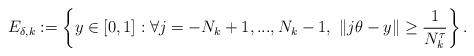
LaTeX: \begin{align*}E_{\delta,k}:=\left\{y\in [0,1]: \forall j=-N_k+1,...,N_k-1, \ \| j\theta-y \|\geq {1 \over N_k^{{\tau}}}\right\}.\end{align*}